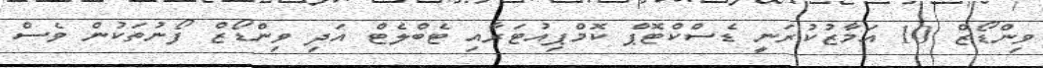
ވިންޑޯޒް 10 އަމާޒުކުރަނީ ޑެސްކްޓޮޕް ކޮމްޕިއުޓަރާއި ޓެބްލެޓް އަދި ވިންޑޯޒް ފޯނުތަކުން ވެސް